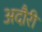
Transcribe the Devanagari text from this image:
अदौरी